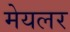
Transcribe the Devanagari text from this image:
मेयलर